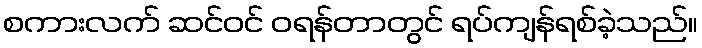
စကားလက် ဆင်ဝင် ဝရန်တာတွင် ရပ်ကျန်ရစ်ခဲ့သည်။